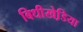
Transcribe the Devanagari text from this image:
बिधीखेडि़या